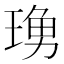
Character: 𤧓